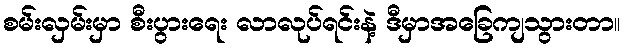
စမ်းလှမ်းမှာ စီးပွားရေး လာလုပ်ရင်းနဲ့ ဒီမှာအခြေကျသွားတာ။